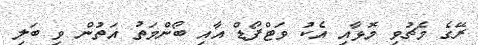
ރޭގެ މެޗުވި މޮޅާއި އެކު ވަޓްފޯޑް އާއި ބޯންމަތު އަތުން ވި ބަލި